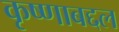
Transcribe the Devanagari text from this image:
कृष्णाबद्दल